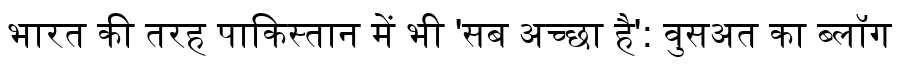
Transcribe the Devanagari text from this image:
भारत की तरह पाकिस्तान में भी 'सब अच्छा है': वुसअत का ब्लॉग